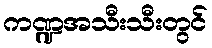
ကဏ္ဍအသီးသီးတွင်